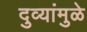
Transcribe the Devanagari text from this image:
दुव्यांमुळे